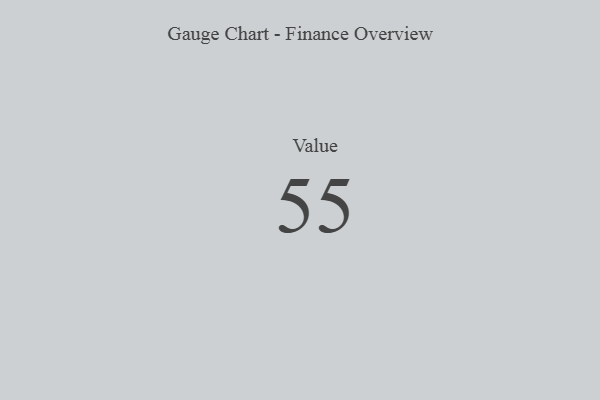
{"axis": {"x": "Metric", "y": "Value"}, "legend": [""], "data": [{"x": "Value", "y": 55, "type": ""}]}